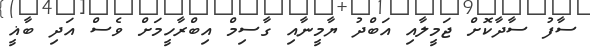
ސާފު ސާދާކޮށް ޖަމީލާއި އަބްދު ޔާމީނާއި ގާސިމް އިބްރާހީމަށް ވެސް އަދި ބާޣީ